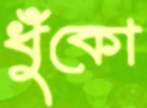
ধুঁকো